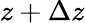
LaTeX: z+\Delta z